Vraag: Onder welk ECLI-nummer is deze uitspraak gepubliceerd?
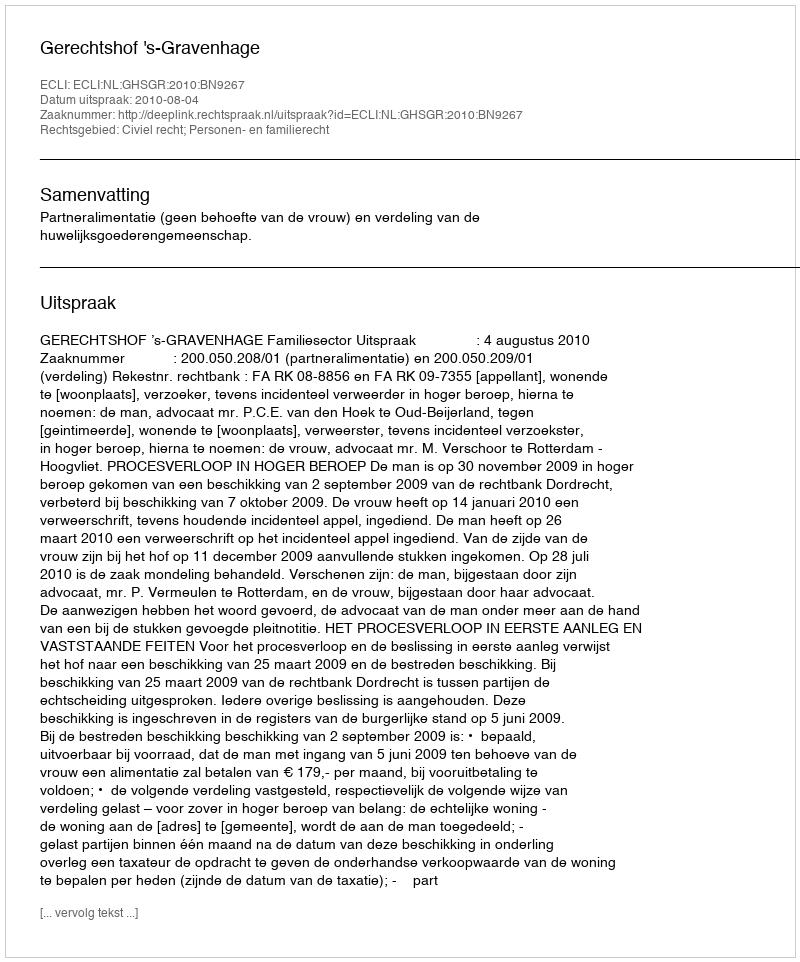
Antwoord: ECLI:NL:GHSGR:2010:BN9267